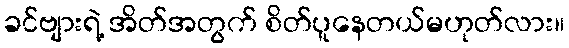
ခင်ဗျားရဲ့ အိတ်အတွက် စိတ်ပူနေတယ်မဟုတ်လား။